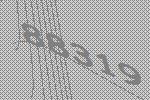
88319